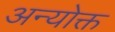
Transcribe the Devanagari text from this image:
अन्योक्त